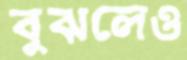
বুঝলেও